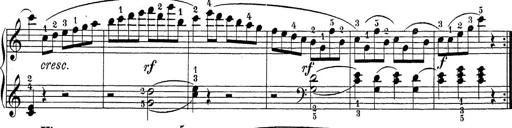
Title: Sonatina Album
Composer: Louis KÃ¶hler